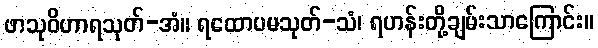
ဖာသုဝိဟာရသုတ်-အံ။ ရထောပမသုတ်-သံ၊ ရဟန်းတို့ချမ်းသာကြောင်း။